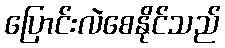
ပြောင်းလဲစေနိုင်သည်